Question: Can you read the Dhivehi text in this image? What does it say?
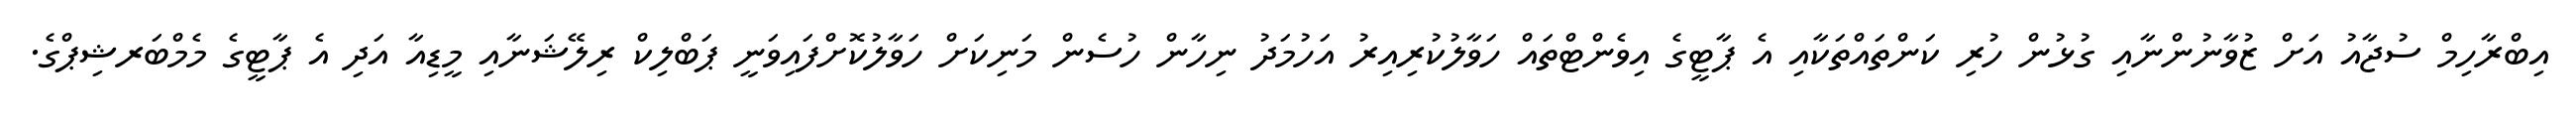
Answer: އިބްރާހިމް ސުޖާއު އަށް ޒުވާނުންނާއި ގުޅުން ހުރި ކަންތައްތަކާއި އެ ޕާޓީގެ އިވެންޓްތައް ހަވާލުކުރިއިރު އަހުމަދު ނިހާން ހުސެން މަނިކަށް ހަވާލުކޮށްފައިވަނީ ޕަބްލިކް ރިލޭޝަނާއި މީޑިއާ އަދި އެ ޕާޓީގެ މެމްބަރޝިޕްގެ.